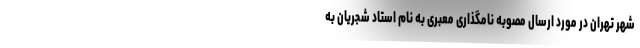
شهر تهران در مورد ارسال مصوبه نامگذاری معبری به نام استاد شجریان به